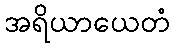
အရိယာယေတံ